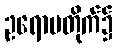
ဥရောပတိုက်၌